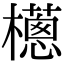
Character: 𣞷